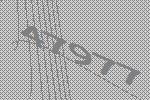
47977